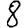
Digit: 8